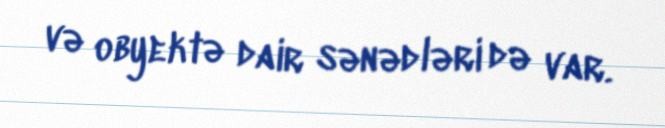
və obyektə dair sənədləri də var.